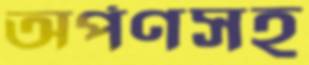
অর্পণসহ